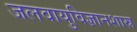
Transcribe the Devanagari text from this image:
जलवायुविज्ञानशास्र